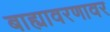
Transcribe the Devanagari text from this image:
बाह्यावरणावर